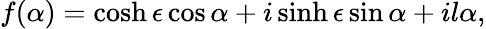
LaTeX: f(\alpha)=\cosh\epsilon\cos\alpha+i\sinh\epsilon\sin\alpha+il\alpha,